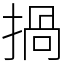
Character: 𢰸